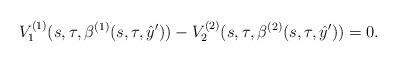
LaTeX: \begin{align*}V_1^{(1)}(s,\tau,\beta^{(1)}(s,\tau,\hat y'))-V_2^{(2)}(s,\tau,\beta^{(2)}(s,\tau,\hat y'))=0.\end{align*}